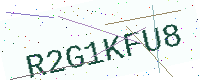
Text: R2G1KFU8